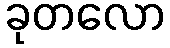
ခုတလော